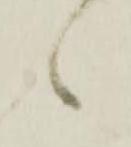
々